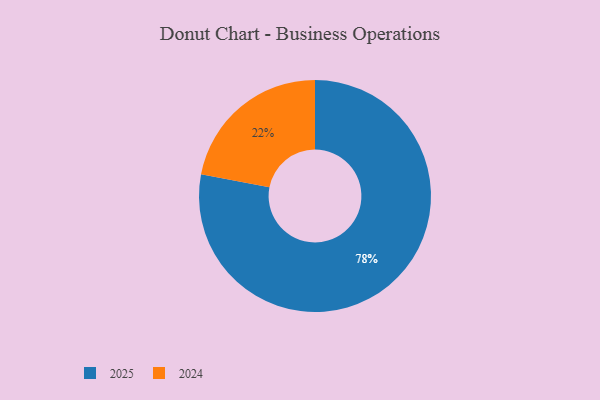
{"axis": {"x": "Category", "y": "Percentage"}, "legend": ["2024", "2025"], "data": [{"x": "2025", "y": 78, "type": "2025"}, {"x": "2024", "y": 22, "type": "2024"}]}